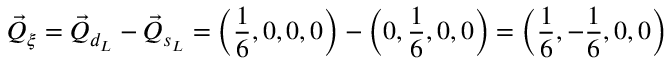
\vec { Q } _ { \xi } = \vec { Q } _ { d _ { L } } - \vec { Q } _ { s _ { L } } = \left( \frac { 1 } { 6 } , 0 , 0 , 0 \right) - \left( 0 , \frac { 1 } { 6 } , 0 , 0 \right) = \left( \frac { 1 } { 6 } , - \frac { 1 } { 6 } , 0 , 0 \right)